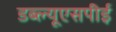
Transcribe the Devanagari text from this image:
डब्ल्यूएसपीई